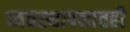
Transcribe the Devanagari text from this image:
व्यवस्थापनातही